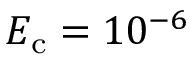
E _ { \mathrm { c } } = 1 0 ^ { - 6 }